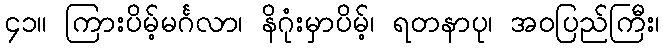
၄၁။ ကြားပိမ့်မင်္ဂလာ၊ နိဂုံးမှာပိမ့်၊ ရတနာပု၊ အဝပြည်ကြီး၊